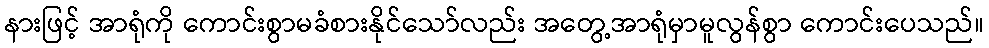
နားဖြင့် အာရုံကို ကောင်းစွာမခံစားနိုင်သော်လည်း အတွေ့အာရုံမှာမူလွန်စွာ ကောင်းပေသည်။